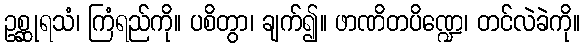
ဥစ္ဆုရသံ၊ ကြံရည်ကို။ ပစိတွာ၊ ချက်၍။ ဖာဏိတပိဏ္ဍေ၊ တင်လဲခဲကို။